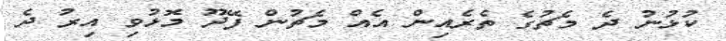
ކުޅުނު ދެ މެޗުގެ ތެރެއިން އެއް މެޗުން ފޭދޫ މޮޅުވި އިރު ދެ